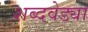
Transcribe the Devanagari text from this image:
शब्दवेड्या